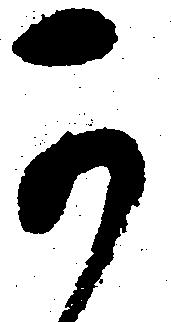
可